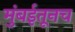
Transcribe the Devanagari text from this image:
मुंबईतूनच